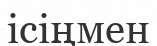
ісіңмен